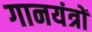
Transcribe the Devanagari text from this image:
गानयंत्रों